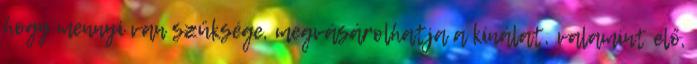
hogy mennyi van szüksége, megvásárolhatja a kínálat, valamint elő,